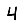
Digit: 4